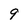
Character: 9